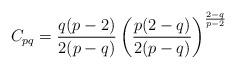
LaTeX: \begin{align*}C_{pq}=\frac{q(p-2)}{2(p-q)}\left(\frac{p(2-q)}{2(p-q)}\right)^{\frac{2-q}{p-2}}\end{align*}